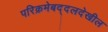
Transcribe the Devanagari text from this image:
परिक्रमेबद्दलदेखील